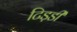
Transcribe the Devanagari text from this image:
टिड़डी